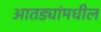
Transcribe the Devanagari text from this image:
आतड्यांमधील